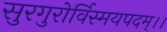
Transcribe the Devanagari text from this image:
सुरगुरोर्विस्मयपदम्।।